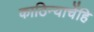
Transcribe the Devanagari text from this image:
काठिन्याचेंहि